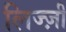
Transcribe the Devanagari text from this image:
लिज्ज़ी